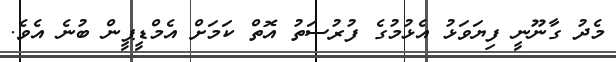
މެދު ގާނޫނީ ފިޔަވަޅު އެޅުމުގެ ފުރުސަތު އޮތް ކަމަށް އެމްޑީޕީން ބުނެ އެވެ.